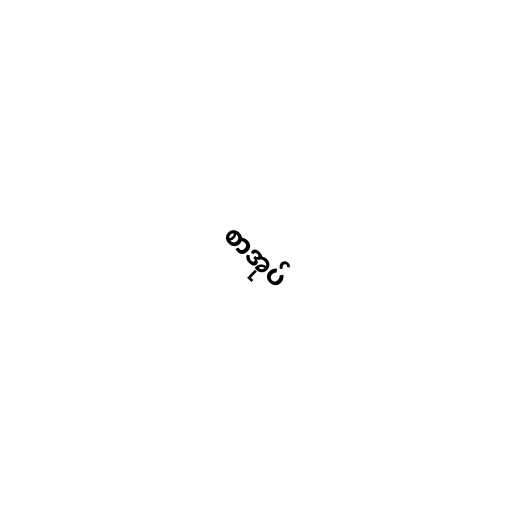
စာအုပ်